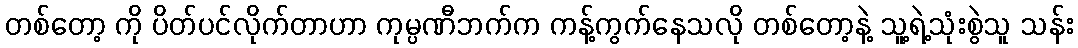
တစ်တော့ ကို ပိတ်ပင်လိုက်တာဟာ ကုမ္ပဏီဘက်က ကန့်ကွက်နေသလို တစ်တော့နဲ့ သူ့ရဲ့သုံးစွဲသူ သန်း